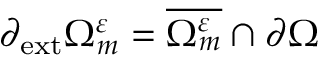
\partial _ { \mathrm { { e x t } } } \Omega _ { m } ^ { \varepsilon } = \overline { { \Omega _ { m } ^ { \varepsilon } } } \cap \partial \Omega